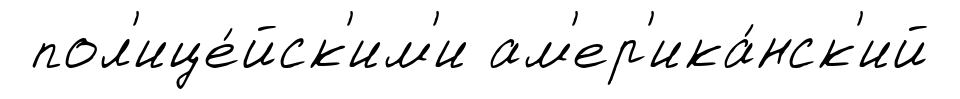
пол'ице́йск'им'и ам'ер'ика́нск'ий